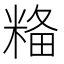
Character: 𥺢